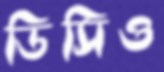
ডিসিও